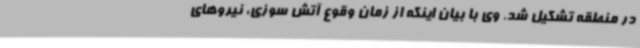
در منطقه تشکیل شد. وی با بیان اینکه از زمان وقوع آتش سوزی، نیروهای